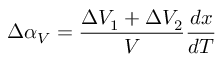
\Delta \alpha _ { V } = \frac { \Delta V _ { 1 } + \Delta V _ { 2 } } { V } \frac { d x } { d T }